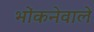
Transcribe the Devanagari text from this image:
भोंकनेवाले